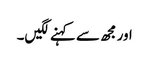
اور مجھ سے کہنے لگیں۔